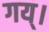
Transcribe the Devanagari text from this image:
गय्।